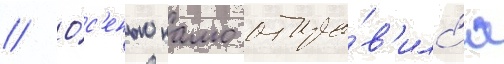
// О́с'енью камо отпра́в'илс'я